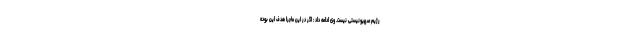
رژیم صهیونیستی نیست. وی ادامه داد : اگر در این ماجرا هدف این بوده